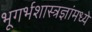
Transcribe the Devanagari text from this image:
भूगर्भशास्त्रज्ञांमध्ये